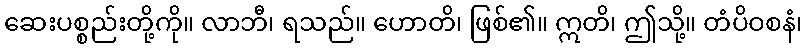
ဆေးပစ္စည်းတို့ကို။ လာဘီ၊ ရသည်။ ဟောတိ၊ ဖြစ်၏။ ဣတိ၊ ဤသို့။ တံပိဝစနံ၊